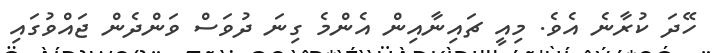
ހޭދަ ކުރާނެ އެވެ. މިއީ ޗައިނާއިން އެންމެ ގިނަ ދުވަސް ވަންދެން ޖައްވުގައި